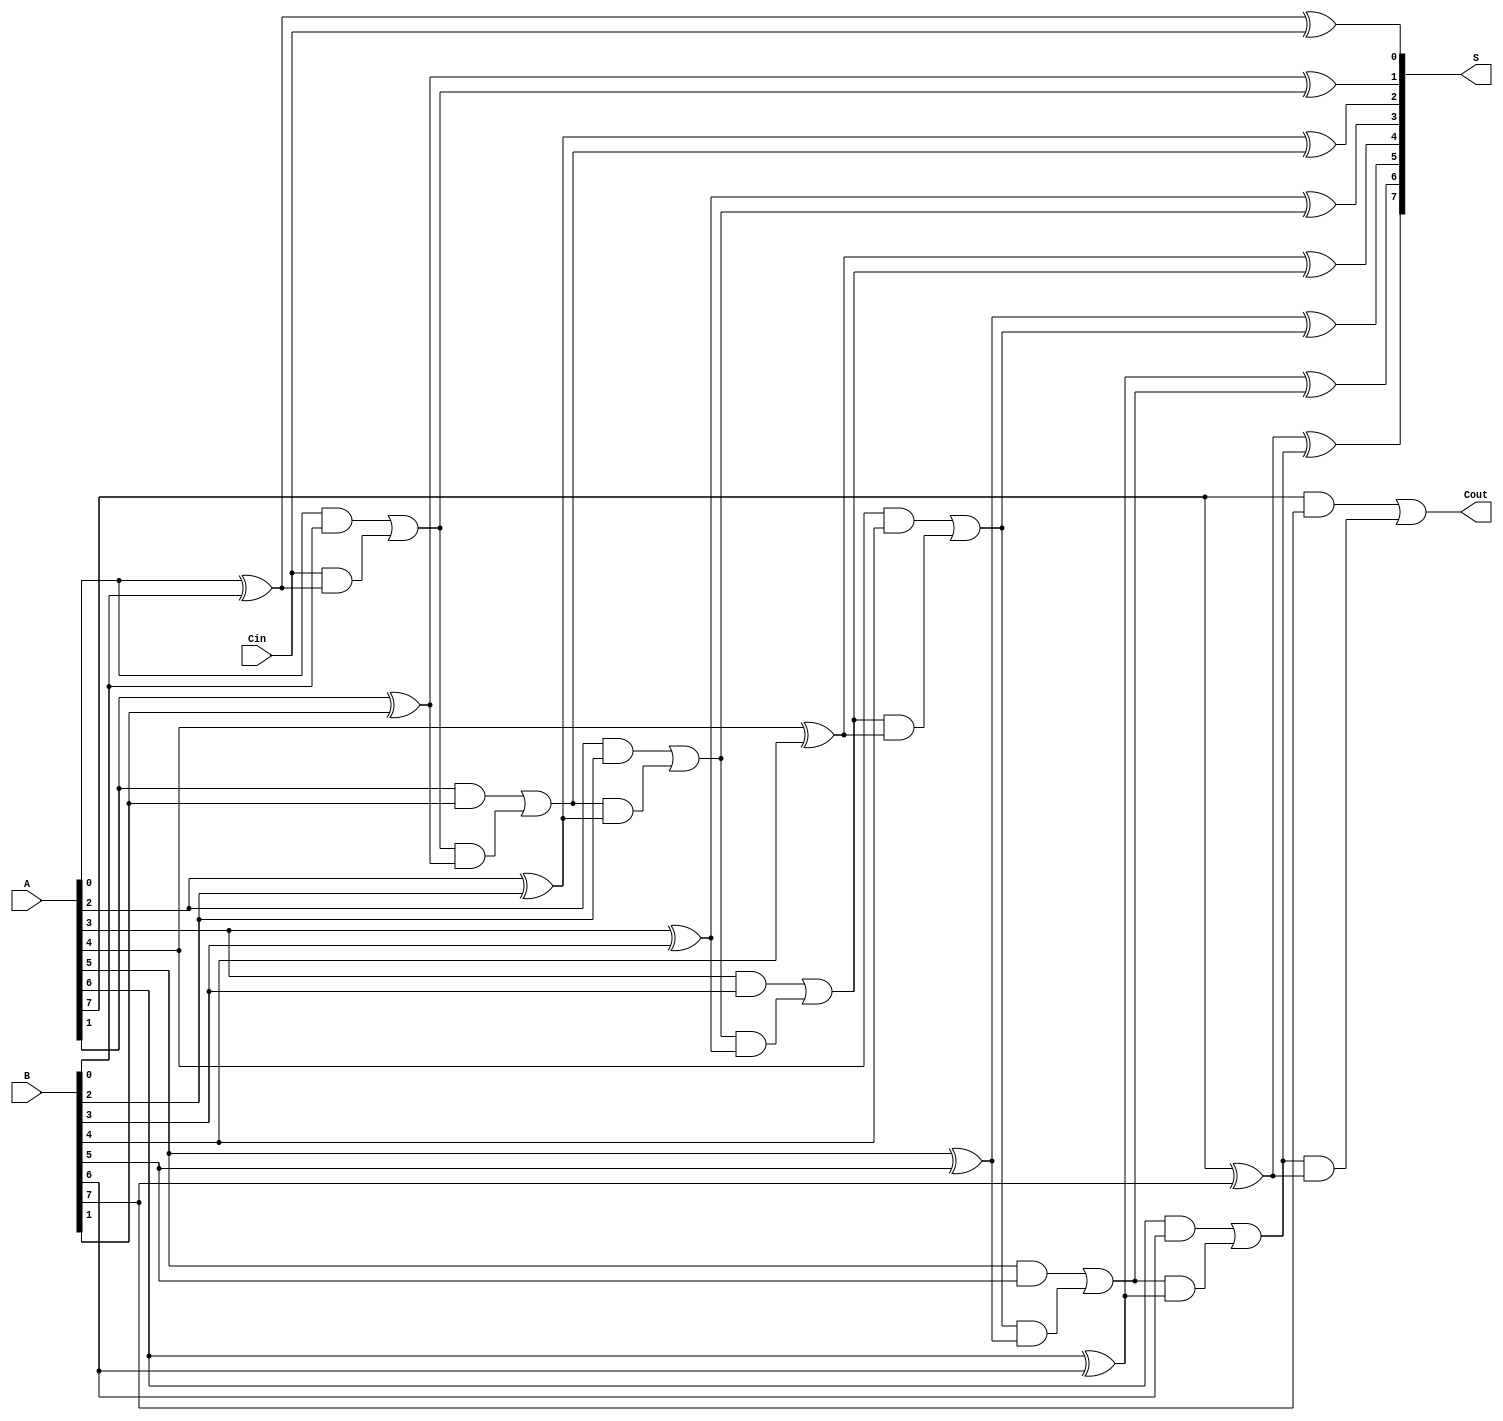
module manchester_carry_chain_adder #(parameter N = 8) (
    input  wire [N-1:0] A,      // First n-bit input
    input  wire [N-1:0] B,      // Second n-bit input
    input  wire Cin,             // Carry-in signal
    output wire [N-1:0] S,       // n-bit sum output
    output wire Cout             // Carry-out signal
);
    wire [N:0] C; // Carry signals (C[0] = Cin, C[N] = Cout)

    // Generate carry signals
    assign C[0] = Cin; // Initial carry-in

    genvar i;
    generate
        for (i = 0; i < N; i = i + 1) begin : full_adder
            wire A_i = A[i];
            wire B_i = B[i];
            wire C_prev = C[i];

            // Carry generation for Manchester Carry Chain
            assign C[i+1] = (A_i & B_i) | (C_prev & (A_i ^ B_i)); // Carry propagation

            // Sum calculation
            assign S[i] = A_i ^ B_i ^ C_prev; // Sum calculation
        end
    endgenerate

    // Final carry-out signal
    assign Cout = C[N]; // Last carry output

endmodule